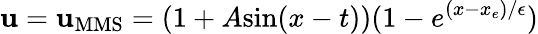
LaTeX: \mathbf{u}=\mathbf{u}_{\mathrm{{MMS}}}=(1+A\mathrm{{sin}}(x-t))(1-e^{(x-x_{e})/\epsilon})